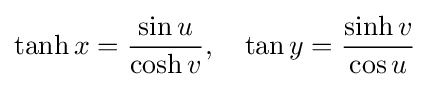
\tanh x={\frac {\sin u}{\cosh v}},\quad \tan y={\frac {\sinh v}{\cos u}}